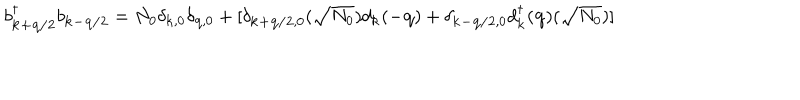
b _ { { \bf { k + q / 2 } } } ^ { \dagger } b _ { { \bf { k - q / 2 } } } = N _ { 0 } \delta _ { { \bf { k } } , 0 } \delta _ { { \bf { q } } , 0 } + [ \delta _ { { \bf { k + q / 2 } } , 0 } ( \sqrt { N _ { 0 } } ) d _ { { \bf { k } } } ( - { \bf { q } } ) + \delta _ { { \bf { k - q / 2 } } , 0 } d _ { { \bf { k } } } ^ { \dagger } ( { \bf { q } } ) ( \sqrt { N _ { 0 } } ) ]